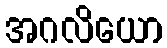
အဂလိယော